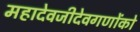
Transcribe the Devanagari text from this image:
महादेवजीदेवगणोंको